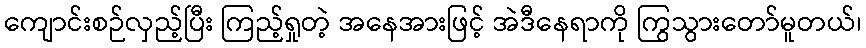
ကျောင်းစဉ်လှည့်ပြီး ကြည့်ရှုတဲ့ အနေအားဖြင့် အဲဒီနေရာကို ကြွသွားတော်မူတယ်၊